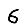
Digit: 6